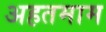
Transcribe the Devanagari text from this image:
अहतमाम